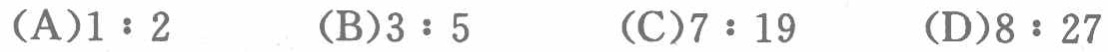
(A)$1:2$  (B)$3:5$  (C)$7:19$  (D)$8:27$